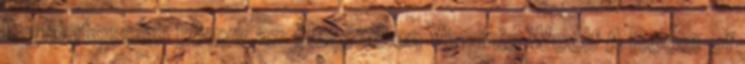
legfontosabb könyv az életemben Virginia Woolf A Room of